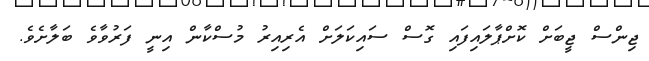
ޖިންސް ޖީބަށް ކޮށްޕާލައިފައި ގޮސް ސައިކަލަށް އެރިއިރު މުސްކާން އިނީ ފަރުވާވެ ބަލާށެވެ.